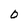
Character: 0